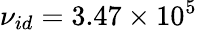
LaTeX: {\nu_{id}}=3.47\times 10^{5}